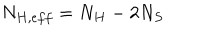
LaTeX: N _ { H , e f f } = N _ { H } - 2 N _ { S }